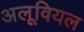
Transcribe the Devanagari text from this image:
अलूवियल